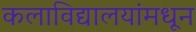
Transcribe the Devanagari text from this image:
कलाविद्यालयांमधून